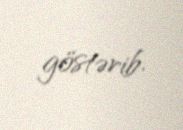
göstərib.